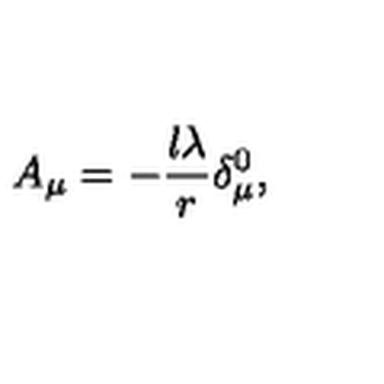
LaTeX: A _ { \mu } = - \frac { l \lambda } r \delta _ { \mu } ^ { 0 } ,